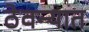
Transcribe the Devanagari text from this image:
ठेवन्यात